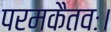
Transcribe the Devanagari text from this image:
परमकैतवः।